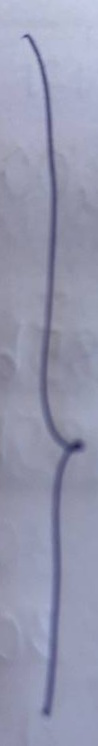
}